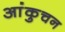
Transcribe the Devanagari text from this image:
आंकुचन